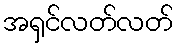
အရှင်လတ်လတ်